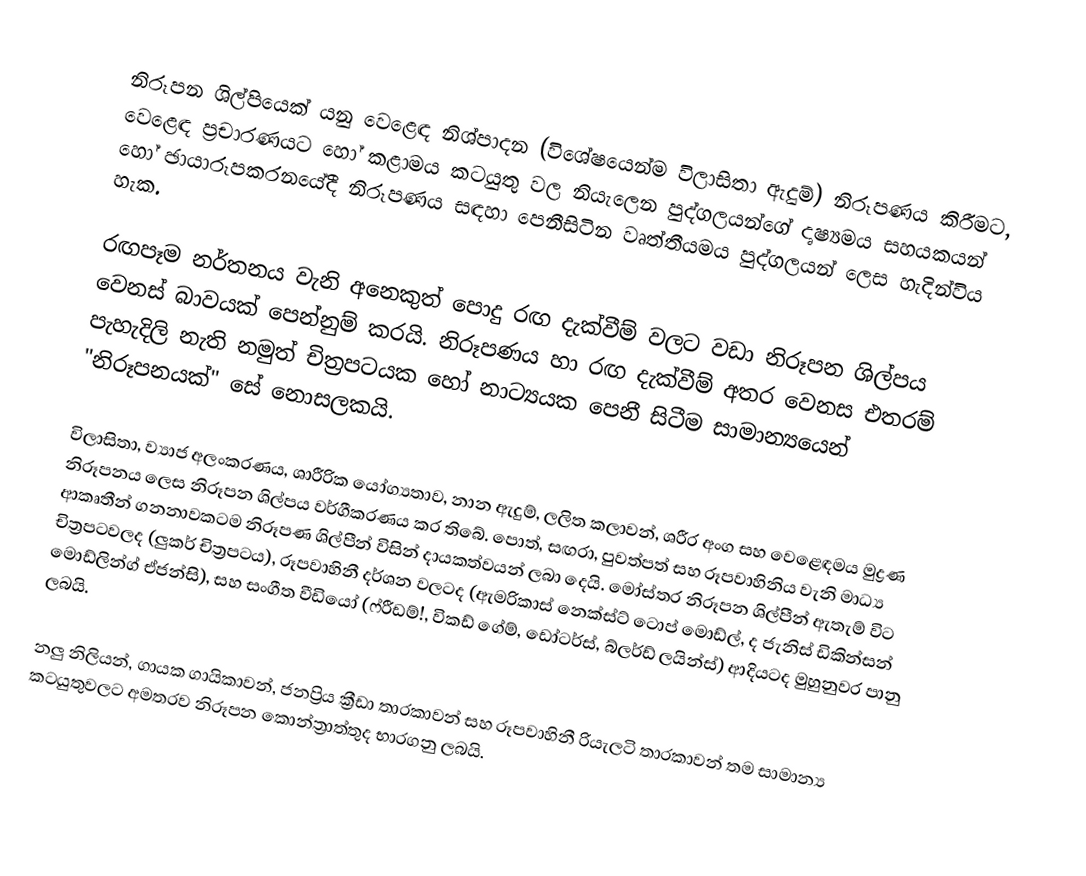
නිරූපන ශිල්පියෙක් යනු වෙළෙඳ නිශ්පාදන (විශේෂයෙන්ම විලාසිතා ඇදුම්) නිරූපණය කිරීමට, වෙළෙඳ ප්‍රචාරණයට හෝ කළාමය කටයුතු වල නියැලෙන පුද්ගලයන්ගේ දෘෂ්‍යමය සහයකයන් හෝ ඡායාරූපකරනයේදී නිරූපණය සඳහා පෙනීසිටින වෘත්තීයමය පුද්ගලයන් ලෙස හැදින්විය හැක.

රඟපෑම නර්තනය වැනි අනෙකුත් පොදු රඟ දැක්වීම් වලට වඩා නිරූපන ශිල්පය වෙනස් බාවයක් පෙන්නුම් කරයි. නිරූපණය හා රඟ දැක්වීම් අතර වෙනස එතරම් පැහැදිලි නැති නමුත් චිත්‍රපටයක හෝ නාට්‍යයක පෙනී සිටීම සාමාන්‍යයෙන් "නිරූපනයක්" සේ නොසලකයි.

විලාසිතා, ව්‍යාජ අලංකරණය, ශාරීරික යෝග්‍යතාව, නාන ඇදුම්, ලලිත කලාවන්, ශරීර අංග සහ වෙළෙඳමය මුද්‍රණ නිරූපනය ලෙස නිරූපන ශිල්පය වර්ගීකරණය කර තිබේ. පොත්, සඟරා, පුවත්පත් සහ රූපවාහිනිය වැනි මාධ්‍ය ආකෘතීන් ගනනාවකටම නිරූපණ ශිල්පීන් විසින් දායකත්වයන් ලබා දෙයි. මෝස්තර නිරූපන ශිල්පීන් ඇතැම් විට චිත්‍රපටවලද (ලුකර් චිත්‍රපටය), රූපවාහිනී දර්ශන වලටද (ඇමරිකාස් නෙක්ස්ට් ටොප් මොඩ්ල්, ද ජැනිස් ඩිකින්සන් මොඩ්ලින්ග් ඒජන්සි), සහ සංගීත වීඩියෝ (ෆ්රීඩම්!, විකඩ් ගේම්, ඩෝටර්ස්, බ්ලර්ඩ් ලයින්ස්) ආදියටද  මුහුනුවර පානු ලබයි.

නලු නිලියන්, ගායක ගායිකාවන්, ජනප්‍රිය ක්‍රීඩා තාරකාවන් සහ රූපවාහිනී රියැලටි තාරකාවන් තම සාමාන්‍ය කටයුතුවලට අමතරව නිරූපන කොන්ත්‍රාත්තුද භාරගනු ලබයි.